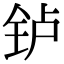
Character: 𬬻